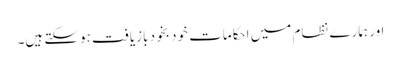
اور ہمارے نظام میں احکامات خود بخود بازیافت ہوسکتے ہیں۔